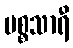
ပစ္စသာရီ